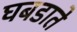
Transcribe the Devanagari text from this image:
घबडाते